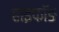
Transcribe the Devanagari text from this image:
हाइफॉङ